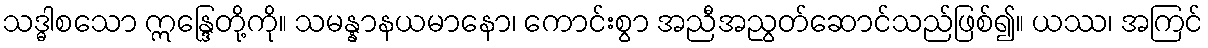
သဒ္ဓါစသော ဣန္ဒြေတို့ကို။ သမန္နာနယမာနော၊ ကောင်းစွာ အညီအညွတ်ဆောင်သည်ဖြစ်၍။ ယဿ၊ အကြင်